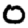
Digit: 0